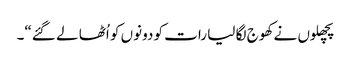
پچھلوں نے کھوج لگا لیا رات کو دونوں کو اُٹھا لے گئے“۔